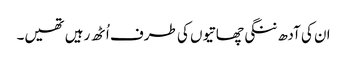
ان کی آدھ ننگی چھاتیوں کی طرف اُٹھ رہیں تھیں۔